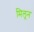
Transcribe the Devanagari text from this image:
मिलून